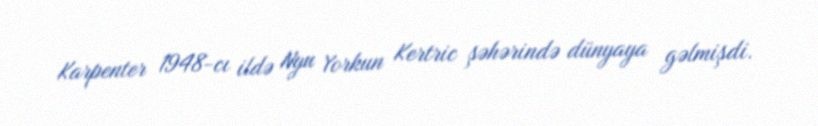
Karpenter 1948-cı ildə Nyu Yorkun Kertric şəhərində dünyaya gəlmişdi.